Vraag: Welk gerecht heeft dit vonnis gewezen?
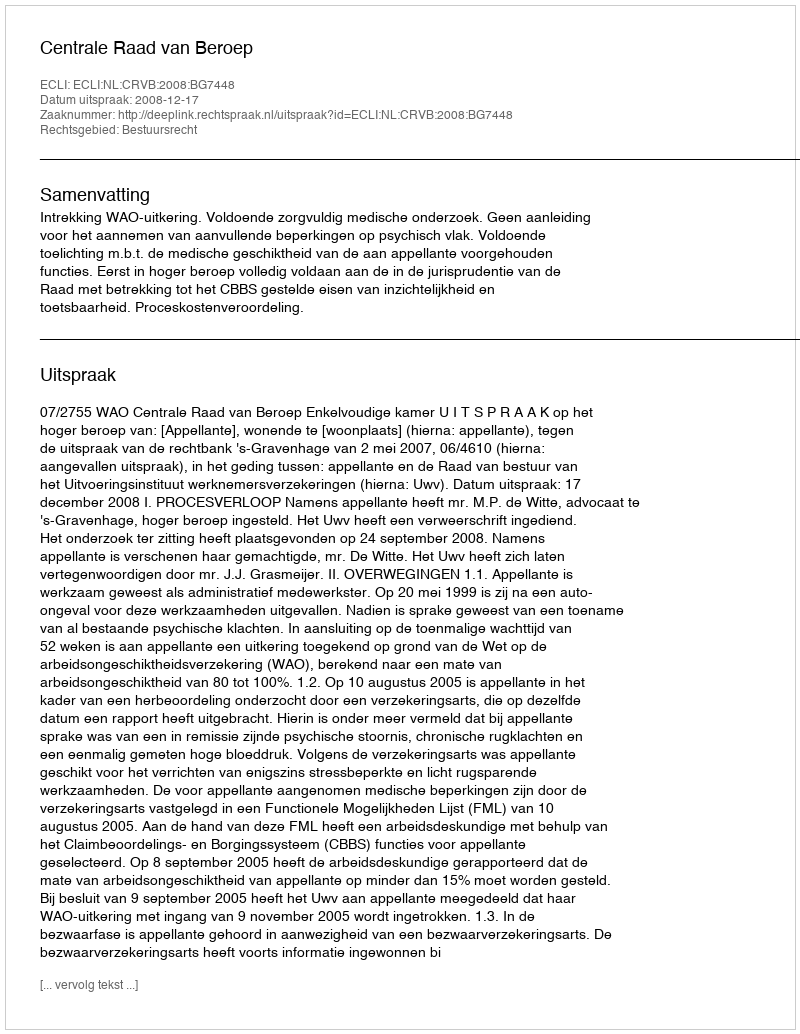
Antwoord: Centrale Raad van Beroep